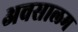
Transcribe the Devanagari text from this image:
अवसालम